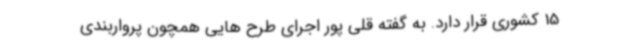
15 کشوری قرار دارد. به گفته قلی پور اجرای طرح هایی همچون پرواربندی